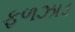
ફળઝાડ